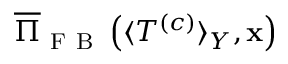
\overline { { \Pi } } _ { \mathrm { ~ F ~ B ~ } } \left( \langle T ^ { \left( c \right) } \rangle _ { Y } , \mathbf { x } \right)